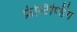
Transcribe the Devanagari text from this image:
फ्रीस्टैण्डिंग